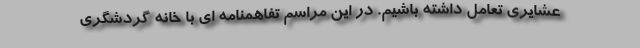
عشایری تعامل داشته باشیم. در این مراسم تفاهمنامه ای با خانه گردشگری